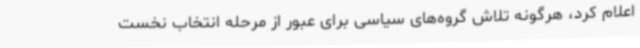
اعلام کرد، هرگونه تلاش گروه‌های سیاسی برای عبور از مرحله انتخاب نخست